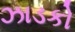
ઝાડકો